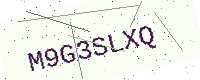
Text: M9G3SLXQ